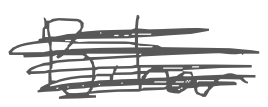
Text: Bihar
Cross-out: scratch
Writing tool: digital_gray